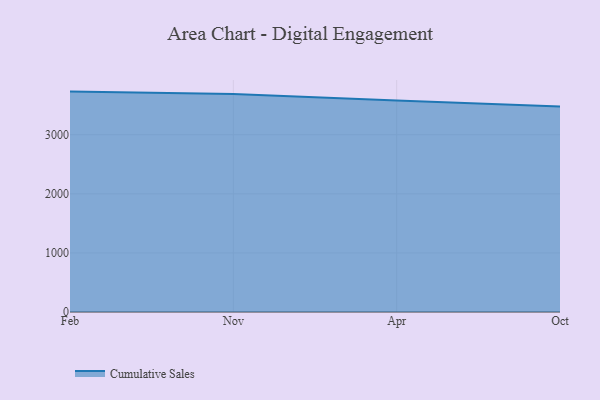
{"axis": {"x": "Month", "y": "Demand Index"}, "legend": ["Cumulative Sales"], "data": [{"x": "Feb", "y": 3730.1, "type": "Cumulative Sales"}, {"x": "Nov", "y": 3689.2, "type": "Cumulative Sales"}, {"x": "Apr", "y": 3577.7, "type": "Cumulative Sales"}, {"x": "Oct", "y": 3476.2, "type": "Cumulative Sales"}]}